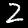
Label: 2